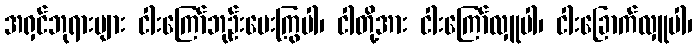
အရှင်ဘုရားများ ငါးကြော်ဘုဉ်းပေးကြွပါ၊ ငါတို့အား ငါးကြော်လှူပါ၊ ငါးခြောက်လှူပါ၊